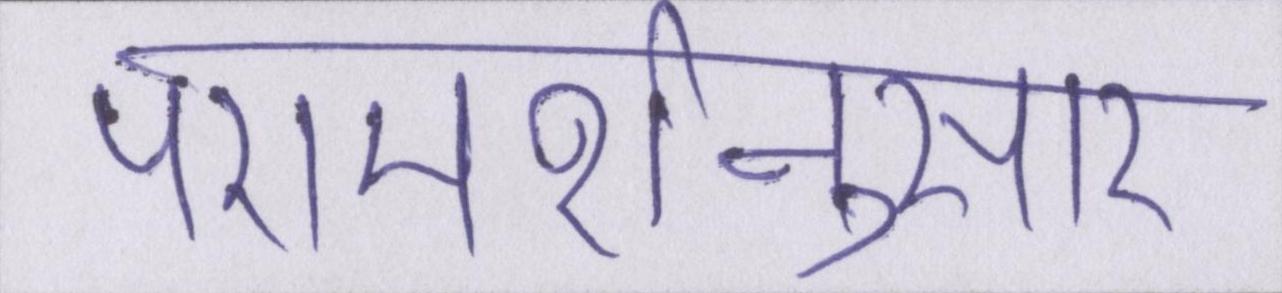
परामर्शनुसार